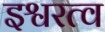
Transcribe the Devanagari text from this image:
इश्वरत्व